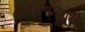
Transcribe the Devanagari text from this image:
परिश्रमाअंती